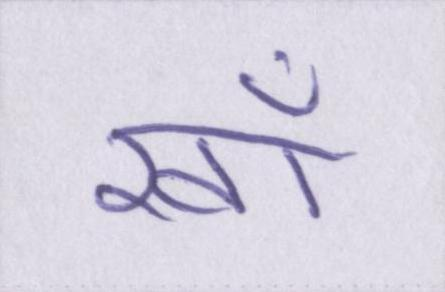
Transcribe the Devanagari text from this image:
खाँ